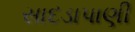
સાદડાપાણી